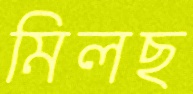
মিলছ